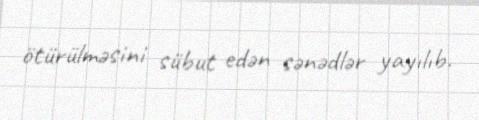
ötürülməsini sübut edən sənədlər yayılıb.